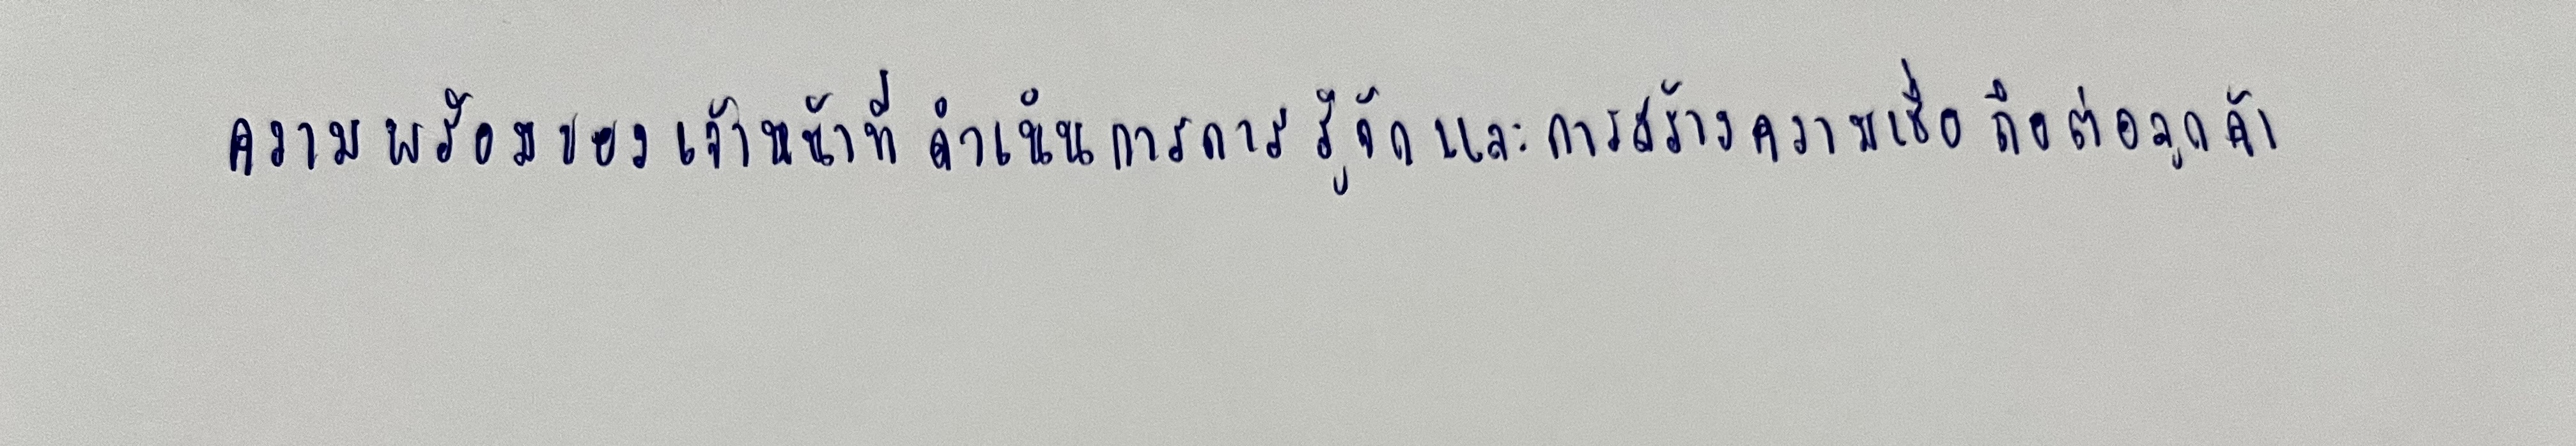
ความพร้อมของเจ้าหน้าที่ดำเนินการการรู้จักและการสร้างความเชื่อถือต่อลูกค้า